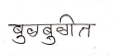
मजकूर: बुळबुळीत